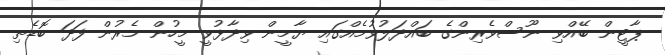
ޕާޓީން ބޭއްވި ނޫސްވެރިންގެ ބައްދަލުވުމެއްގައި ޔާމީން ވިދާޅުވީ މީހުން މެރުން ފަދަ ބޮޑެތި